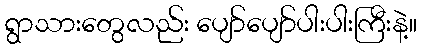
ရွာသားတွေလည်း ပျော်ပျော်ပါးပါးကြီးနဲ့။